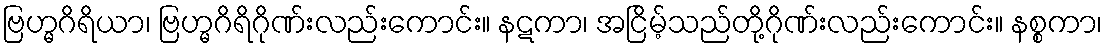
ဗြဟ္မဂိရိယာ၊ ဗြဟ္မဂိရိဂိုဏ်းလည်းကောင်း။ နဋကာ၊ အငြိမ့်သည်တို့ဂိုဏ်းလည်းကောင်း။ နစ္စကာ၊